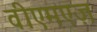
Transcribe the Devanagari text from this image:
वीएमएज़